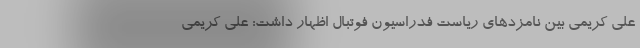
علی کریمی بین نامزدهای ریاست فدراسیون فوتبال اظهار داشت: علی کریمی